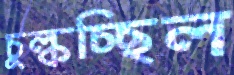
চুল্‌কচ্ছিল